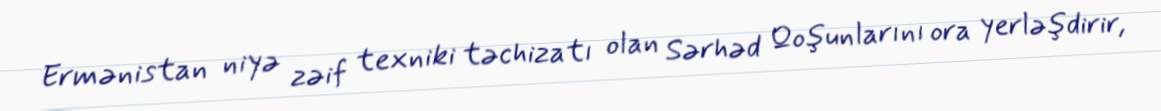
Ermənistan niyə zəif texniki təchizatı olan Sərhəd Qoşunlarını ora yerləşdirir,